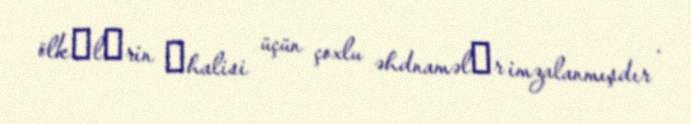
ölkәlәrin әhalisi üçün çoxlu əhdnaməlәr imzalanmışdır .